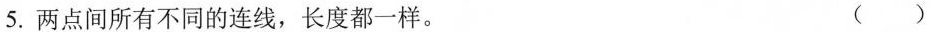
5.两点间所有不同的连线，长度都一样。 （）